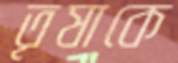
তৃষাকে